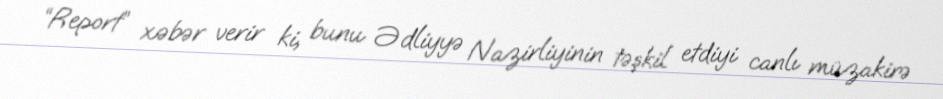
“Report” xəbər verir ki, bunu Ədliyyə Nazirliyinin təşkil etdiyi canlı müzakirə